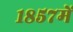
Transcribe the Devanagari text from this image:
१८५७में